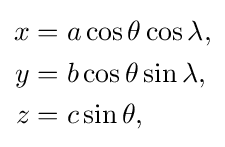
{\begin{aligned}x&=a\cos \theta \cos \lambda ,\\y&=b\cos \theta \sin \lambda ,\\z&=c\sin \theta ,\end{aligned}}\,\!